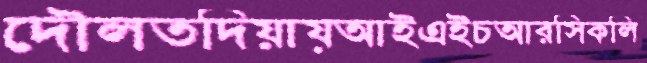
দৌলতদিয়ায়আইএইচআরসিকলি